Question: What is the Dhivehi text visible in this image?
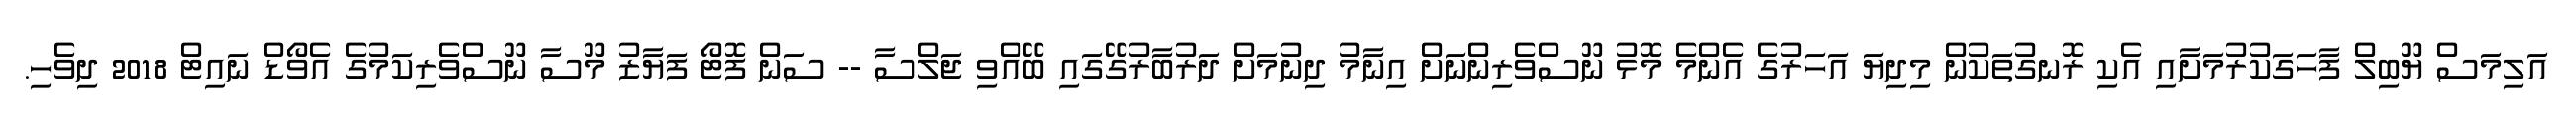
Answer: އަލިމަސް ޔޫބިލް ފާހަގަކުރުމަށާއި އެކި ރޮނގުތަކުން މިދިޔަ އަހަރުގެ އެންމެ މޮޅު ނޫސްވެރިންނަށް އިނާމު ދިނުމަށް ދަރުބާރުގޭގައި ބޭއްވި ޖަލްސާ -- ސަން ފޮޓޯ ފަޔާޒު މޫސާ ނޫސްވެރިކަމުގެ އެވޯޑް ނައިޓް 2018 ދިވެހި.